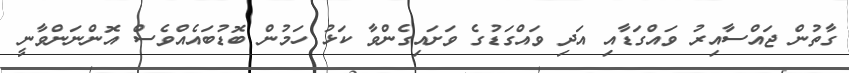
ގާތުން ޖައްސާއިރު ވައްގަޑާއި އަދި ވައްގަޑުގެ ވަށައިގެންވާ ކަޅު ހަމުން ބޮޑުބައެއްވެސް އޮންނަންވާނީ